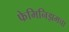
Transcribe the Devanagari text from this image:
फेमिनिझमचा